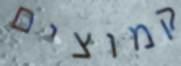
קמוצים